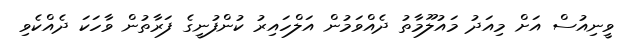
ވީނިއުސް އަށް މިއަދު މައުލޫމާތު ދެއްވަމުން އަލްހައިރު ކުންފުނީގެ ފަރާތުން ވާހަކަ ދެއްކެވި